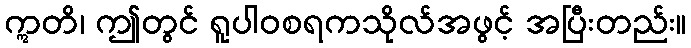
ဣတိ၊ ဤတွင် ရူပါဝစရကသိုလ်အဖွင့် အပြီးတည်း။